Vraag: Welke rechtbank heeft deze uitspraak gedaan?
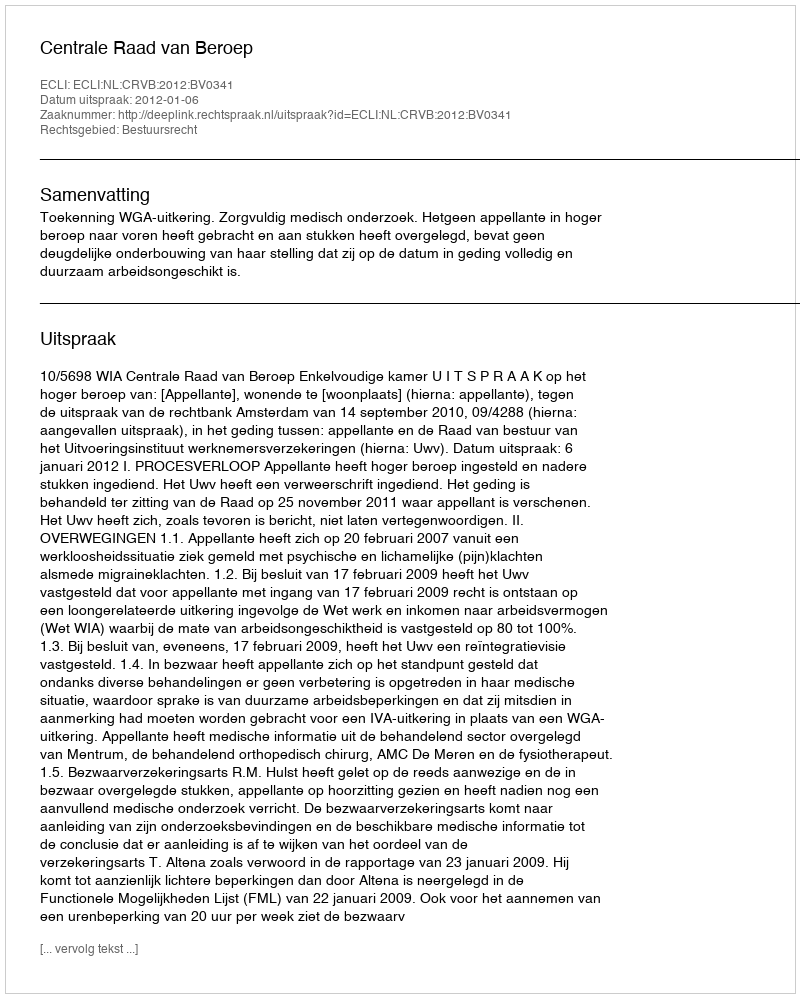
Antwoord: Centrale Raad van Beroep